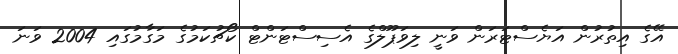
އޭގެ އިތުރުން އަޔެސްޓަރަން ވަނީ ލިވަޕޫލްގެ އެސިސްޓަންޓް ކޯޗުކަމުގެ މަގާމުގައި 2004 ވަނަ